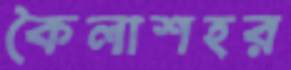
কৈলাশহর